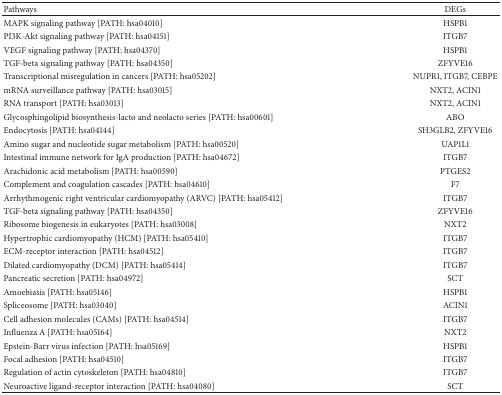
<table><thead><tr><td><b>Pathways</b></td><td><b>DEGs</b></td></tr></thead><tbody><tr><td>MAPK signaling pathway [PATH: hsa04010]</td><td>HSPB1</td></tr><tr><td>PI3K-Akt signaling pathway [PATH: hsa04151]</td><td>ITGB7</td></tr><tr><td>VEGF signaling pathway [PATH: hsa04370]</td><td>HSPB1</td></tr><tr><td>TGF-beta signaling pathway [PATH: hsa04350]</td><td>ZFYVE16</td></tr><tr><td>Transcriptional misregulation in cancers [PATH: hsa05202]</td><td>NUPR1, ITGB7, CEBPE</td></tr><tr><td>mRNA surveillance pathway [PATH: hsa03015]</td><td>NXT2, ACIN1</td></tr><tr><td>RNA transport [PATH: hsa03013]</td><td>NXT2, ACIN1</td></tr><tr><td>Glycosphingolipid biosynthesis-lacto and neolacto series [PATH: hsa00601]</td><td>ABO</td></tr><tr><td>Endocytosis [PATH: hsa04144]</td><td>SH3GLB2, ZFYVE16</td></tr><tr><td>Amino sugar and nucleotide sugar metabolism [PATH: hsa00520]</td><td>UAP1L1</td></tr><tr><td>Intestinal immune network for IgA production [PATH: hsa04672]</td><td>ITGB7</td></tr><tr><td>Arachidonic acid metabolism [PATH: hsa00590]</td><td>PTGES2</td></tr><tr><td>Complement and coagulation cascades [PATH: hsa04610]</td><td>F7</td></tr><tr><td>Arrhythmogenic right ventricular cardiomyopathy (ARVC) [PATH: hsa05412]</td><td>ITGB7</td></tr><tr><td>TGF-beta signaling pathway [PATH: hsa04350]</td><td>ZFYVE16</td></tr><tr><td>Ribosome biogenesis in eukaryotes [PATH: hsa03008]</td><td>NXT2</td></tr><tr><td>Hypertrophic cardiomyopathy (HCM) [PATH: hsa05410]</td><td>ITGB7</td></tr><tr><td>ECM-receptor interaction [PATH: hsa04512]</td><td>ITGB7</td></tr><tr><td>Dilated cardiomyopathy (DCM) [PATH: hsa05414]</td><td>ITGB7</td></tr><tr><td>Pancreatic secretion [PATH: hsa04972]</td><td>SCT</td></tr><tr><td>Amoebiasis [PATH: hsa05146]</td><td>HSPB1</td></tr><tr><td>Spliceosome [PATH: hsa03040]</td><td>ACIN1</td></tr><tr><td>Cell adhesion molecules (CAMs) [PATH: hsa04514]</td><td>ITGB7</td></tr><tr><td>Influenza A [PATH: hsa05164]</td><td>NXT2</td></tr><tr><td>Epstein-Barr virus infection [PATH: hsa05169]</td><td>HSPB1</td></tr><tr><td>Focal adhesion [PATH: hsa04510]</td><td>ITGB7</td></tr><tr><td>Regulation of actin cytoskeleton [PATH: hsa04810]</td><td>ITGB7</td></tr><tr><td>Neuroactive ligand-receptor interaction [PATH: hsa04080]</td><td>SCT</td></tr></tbody></table>